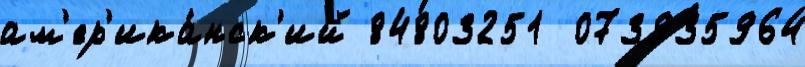
ам'ер'ика́нск'ий 84803251  073935964